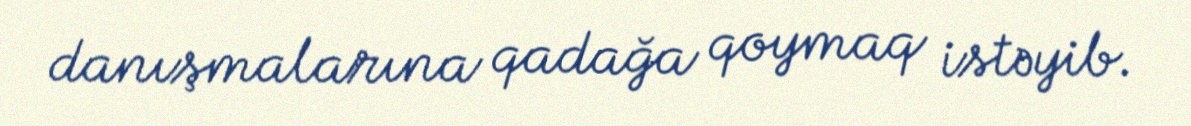
danışmalarına qadağa qoymaq istəyib.